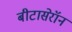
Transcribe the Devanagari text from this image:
बीटासेरॉन